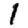
Digit: 1